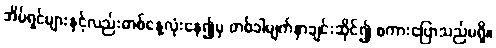
အိမ်ရှင်များနှင့်လည်းတစ်နေ့လုံးနေ၍မှ တစ်ခါမျက်နှာချင်းဆိုင်၍ စကားပြောသည်မရှိ။